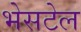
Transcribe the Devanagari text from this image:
भेसटेल